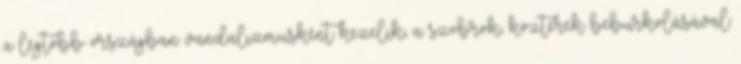
a legtöbb országban vandalizmusként kezelik, a szobrok, közterek beburkolásával